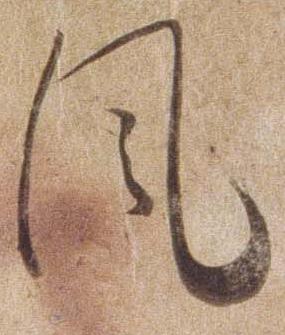
風